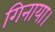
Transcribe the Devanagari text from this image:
गिनाया।